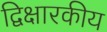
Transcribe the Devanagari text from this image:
द्विक्षारकीय